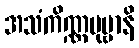
အသံကိဏ္ဏပုဗ္ဗာနိ